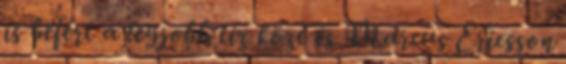
is befért a legjobb tíz közé és Marcus Ericsson